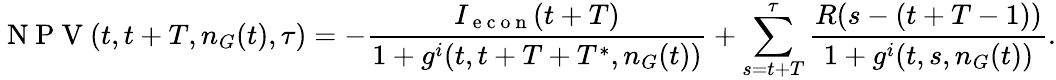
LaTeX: \mathrm{~N~P~V~}(t,t+T,n_{G}(t),\tau)=-\frac{I_{\mathrm{~e~c~o~n~}}(t+T)}{1+g^{i}(t,t+T+T^{*},n_{G}(t))}+\sum_{s=t+T}^{\tau}\frac{R(s-(t+T-1))}{1+g^{i}(t,s,n_{G}(t))}.